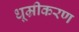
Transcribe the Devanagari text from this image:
धूम्रीकरण